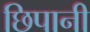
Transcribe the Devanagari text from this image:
छिपानी